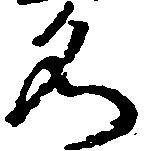
名